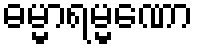
ဓမ္မာရမ္မဏော